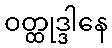
ဝတ္ထုဒ္ဒါနေ